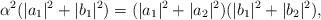
LaTeX: \begin{align*}\alpha^2 (|a_1|^2+|b_1|^2)=(|a_1|^2+|a_2|^2)(|b_1|^2+|b_2|^2),\end{align*}